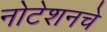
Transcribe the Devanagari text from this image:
नोटेशनचे